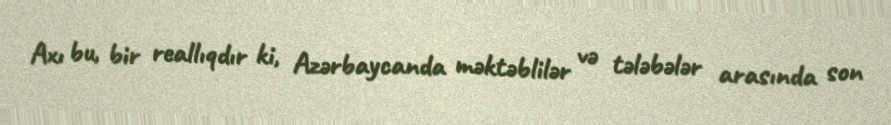
Axı bu, bir reallıqdır ki, Azərbaycanda məktəblilər və tələbələr arasında son